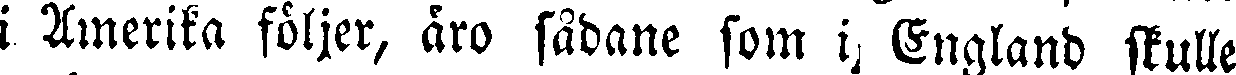
i Amerika följer, äro sadane som i England skulle